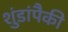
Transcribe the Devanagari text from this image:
शुंडांपैकी